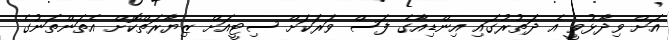
އަށް ވިދާޅުވީ އެ ދަތުރުގައި އިންޑިއާގެ ފަސް ވަރަަކަށް ސިޓީއަށް ޒިޔާރަތްކޮށް އެތަންތަނުގެ